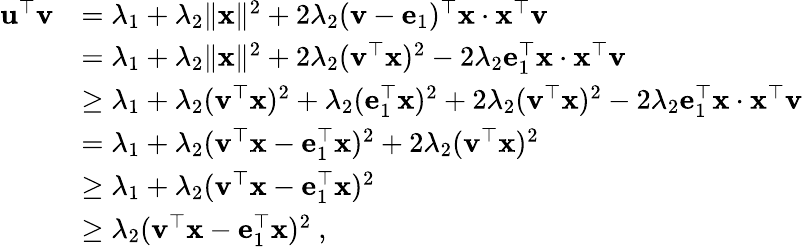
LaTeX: \begin{array}{rl}{\mathbf u^{\top}\mathbf v}&{=\lambda_{1}+\lambda_{2}\| {\mathbf x}\| ^{2}+2\lambda_{2}(\mathbf v-\mathbf e_{1})^{\top}\mathbf x\cdot\mathbf x^{\top}\mathbf v}\\ &{=\lambda_{1}+\lambda_{2}\| {\mathbf x}\| ^{2}+2\lambda_{2}(\mathbf v^{\top}\mathbf x)^{2}-2\lambda_{2}\mathbf e_{1}^{\top}\mathbf x\cdot\mathbf x^{\top}\mathbf v}\\ &{\geq\lambda_{1}+\lambda_{2}(\mathbf v^{\top}\mathbf x)^{2}+\lambda_{2}(\mathbf e_{1}^{\top}\mathbf x)^{2}+2\lambda_{2}(\mathbf v^{\top}\mathbf x)^{2}-2\lambda_{2}\mathbf e_{1}^{\top}\mathbf x\cdot\mathbf x^{\top}\mathbf v}\\ &{=\lambda_{1}+\lambda_{2}(\mathbf v^{\top}\mathbf x-\mathbf e_{1}^{\top}\mathbf x)^{2}+2\lambda_{2}(\mathbf v^{\top}\mathbf x)^{2}}\\ &{\geq\lambda_{1}+\lambda_{2}(\mathbf v^{\top}\mathbf x-\mathbf e_{1}^{\top}\mathbf x)^{2}}\\ &{\geq\lambda_{2}(\mathbf v^{\top}\mathbf x-\mathbf e_{1}^{\top}\mathbf x)^{2}~,}\end{array}